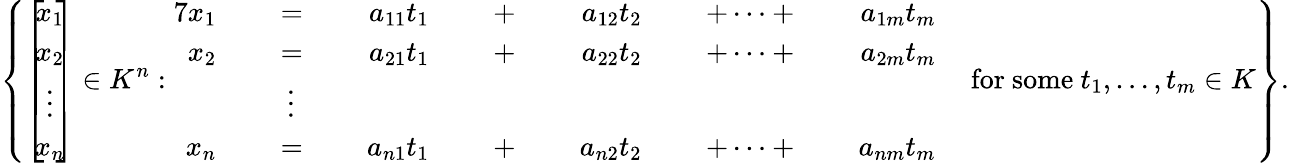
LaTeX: \left\{ \left[\! \! {\begin{array}{c}{x_{1}}\\ {x_{2}}\\ {\vdots}\\ {x_{n}}\end{array}}\! \! \right]\in K^{n}:{\begin{array}{rlrlrlrlrlrlrl}{{7}x_{1}}&{}&{\; =\; }&{}&{a_{11}t_{1}}&{}&{\; +\; }&{}&{a_{12}t_{2}}&{}&{\; +\cdots+\; }&{}&{a_{1m}t_{m}}&{}\\ {x_{2}}&{}&{\; =\; }&{}&{a_{21}t_{1}}&{}&{\; +\; }&{}&{a_{22}t_{2}}&{}&{\; +\cdots+\; }&{}&{a_{2m}t_{m}}&{}\\ &{}&{\vdots\; \; }&{}&&{}&&{}&&{}&&{}&&{}\\ {x_{n}}&{}&{\; =\; }&{}&{a_{n1}t_{1}}&{}&{\; +\; }&{}&{a_{n2}t_{2}}&{}&{\; +\cdots+\; }&{}&{a_{nm}t_{m}}&{}\end{array}}{\mathrm{~for~some~}}t_{1},\ldots,t_{m}\in K\right\} .